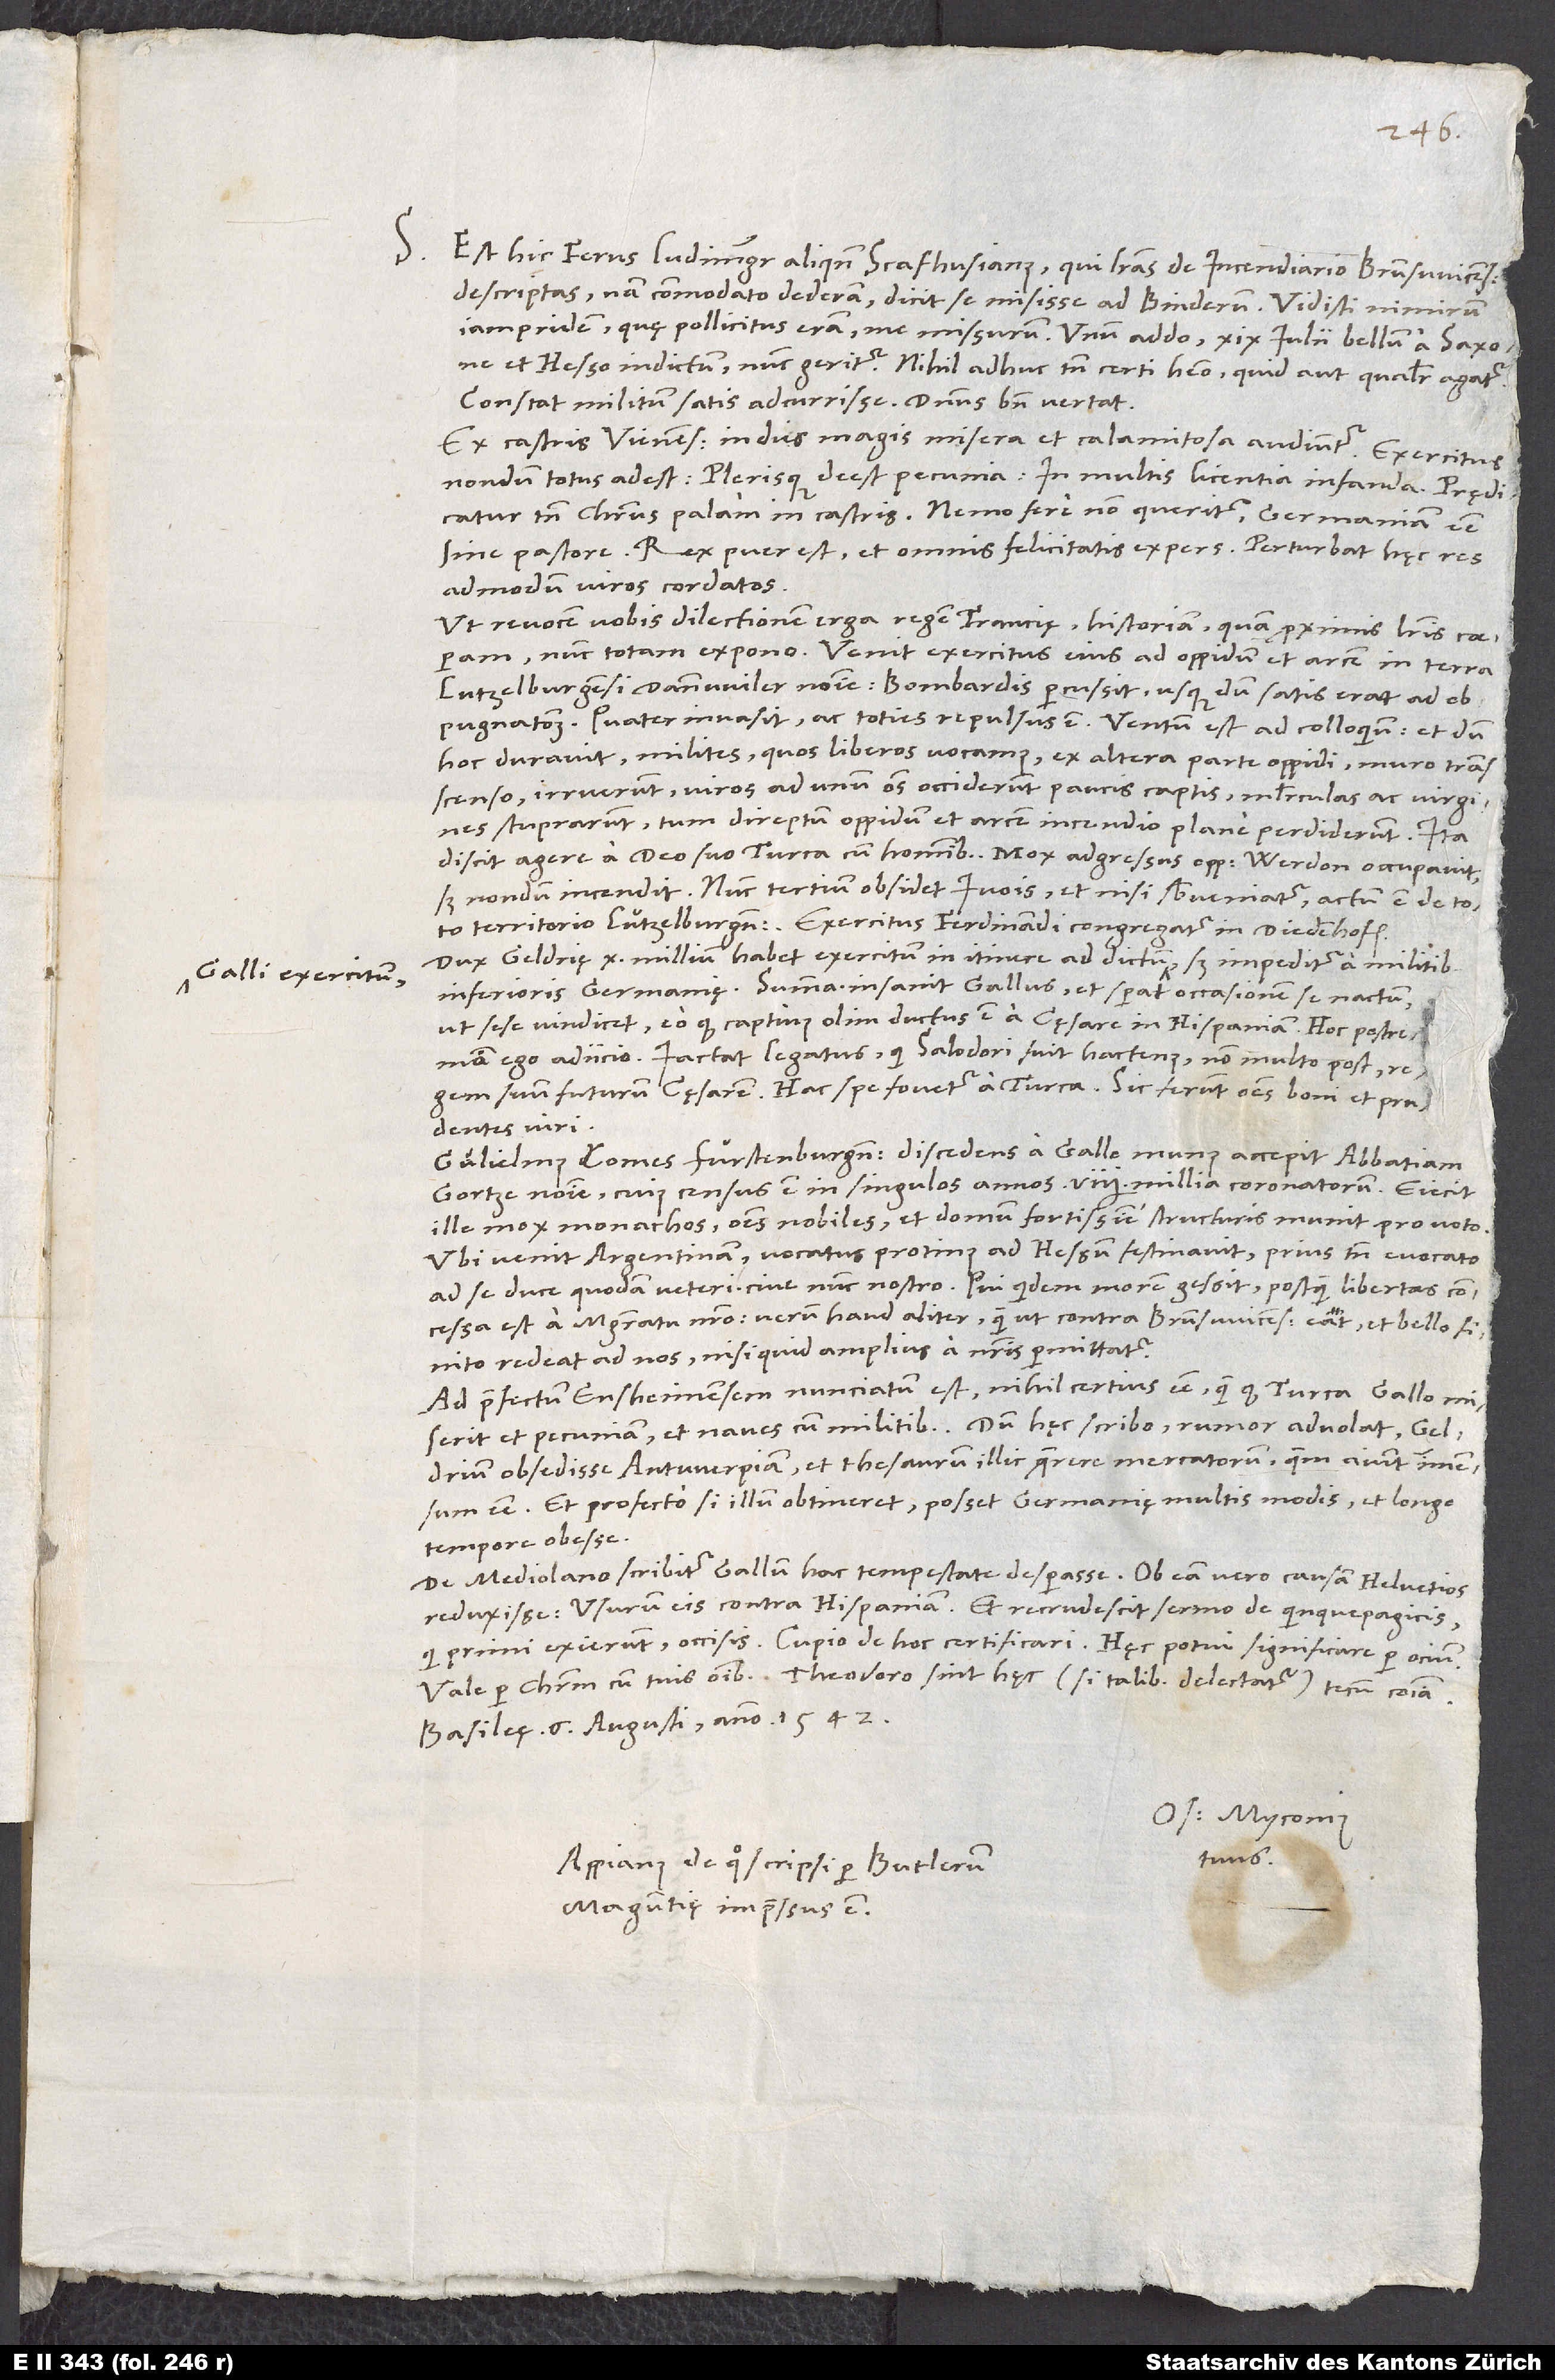
S.

Est hic Ferus, ludimagister aliquando Scafhusianus, qui literas de incendiario Brunsvicensi
descriptas - nam commodato dederam - dicit se misisse ad Binderum. Vidisti nimirum
iampridem, quę pollicitus eram me missurum. Unum addo: 19. iulii bellum a Saxone
et Hesso indictum; nunc geritur. Nihil adhuc tamen certi habeo, quid aut qualiter agatur.
Constat militum satis adcurrisse. Dominus bene vertat.
Ex castris Viennensibus indies magis misera et calamitosa audiuntur. Exercitus
nondum totus adest; plerisque deest pecunia, in multis licentia infanda. Prędicatur
tamen Christus palam in castris. Nemo fere non queritur Germaniam esse
sine pastore. Rex puer est et omnis felicitatis expers. Perturbat hęc res
admodum viros cordatos.
Ut revocem vobis dilectionem erga regem Francię, historiam, quam proximis literis coeperam,
nunc totam expono. Venit exercitus eius ad oppidum et arcem in terra
Lutzelburgensi Dannwiler nomine. Bombardis percussit, usque dum satis erat ad
hoc duravit, milites, quos liberos vocamus, ex altera parte oppidi muro transscenso
irruerunt, viros ad unum omnes occiderunt paucis captis, mulierculas ac virgines
stuprarunt, tum direptum oppidum et arcem incendio plane perdiderunt. Ita
discit agere a deo suo Turca cum hominibus. Mox adgressus oppidum Werdon occupavit,
sed nondum incendit. Nunc tertium obsidet Ivois, et nisi subveniatur, actum est de toto
territorio Lutzelburgensi. Exercitus Ferdinandi congregatur in Diedenhofen.
Dux Geldrię 10 millium habet exercitum in itinere ad dictum Galli exercitum, sed impeditur a militibus
Inferioris Germanię. Summa: Insanit Gallus et sperat occasionem se nactum,
ut sese vindicet, eo quod captivus olim ductus est a cęsare in Hispaniam. Hoc postremum
ego adiicio: Iactat legatus, qui Salodori fuit hactenus, non multo post regem
suum futurum cęsarem. Hac spe fovetur a Turca. Sic ferunt omnes boni et prudentes
viri.
Gulielmus comes Furstenburgensis discedens a Gallo munus accepit, abbatiam
Gortze nomine, cuius census est in singulos annos 7½ millia coronatorum. Eiecit
ille mox monachos, omnes nobiles, et domum fortissime structuris munit pro voto.
Ubi venit Argentinam, vocatus protinus ad Hessum festinavit prius tamen evocato
ad se duce quodam veteri, cive nunc nostro. Qui quidem morem gessit, postquam libertas
concessa est a magistratu nostro, verum haud aliter, quam ut contra Brunsvicensem eat et bello finito
redeat ad nos, nisi quid amplius a nostris permittatur.
Ad praefectum Ensheimensem nunciatum est nihil certius esse, quam quod Turca Gallo miserit
et pecuniam et naves cum militibus. Dum hęc scribo, rumor advolat Geldrium
obsedisse Antwerpiam et thesaurum illic quęrere mercatorum, quem aiunt immensum
esse. Et profecto, si illum obtineret, posset Germanię multis modis et longo
tempore obesse.
De Mediolano scribitur Gallum hac tempestate desperasse. Ob eam vero causam Helvetios
reduxisse usurum eis contra Hispaniam. Et recrudescit sermo de Quinquepagicis,
Vale per Christum cum tuis omnibus. Theodoro sint hęc (si talibus delectatur) tecum communia.
Basileę, 6. augusti anno 1542.
Os. Myconius
tuus.
Appianus, de quo scripsi per Butlerum,
Maguntię impressus est.